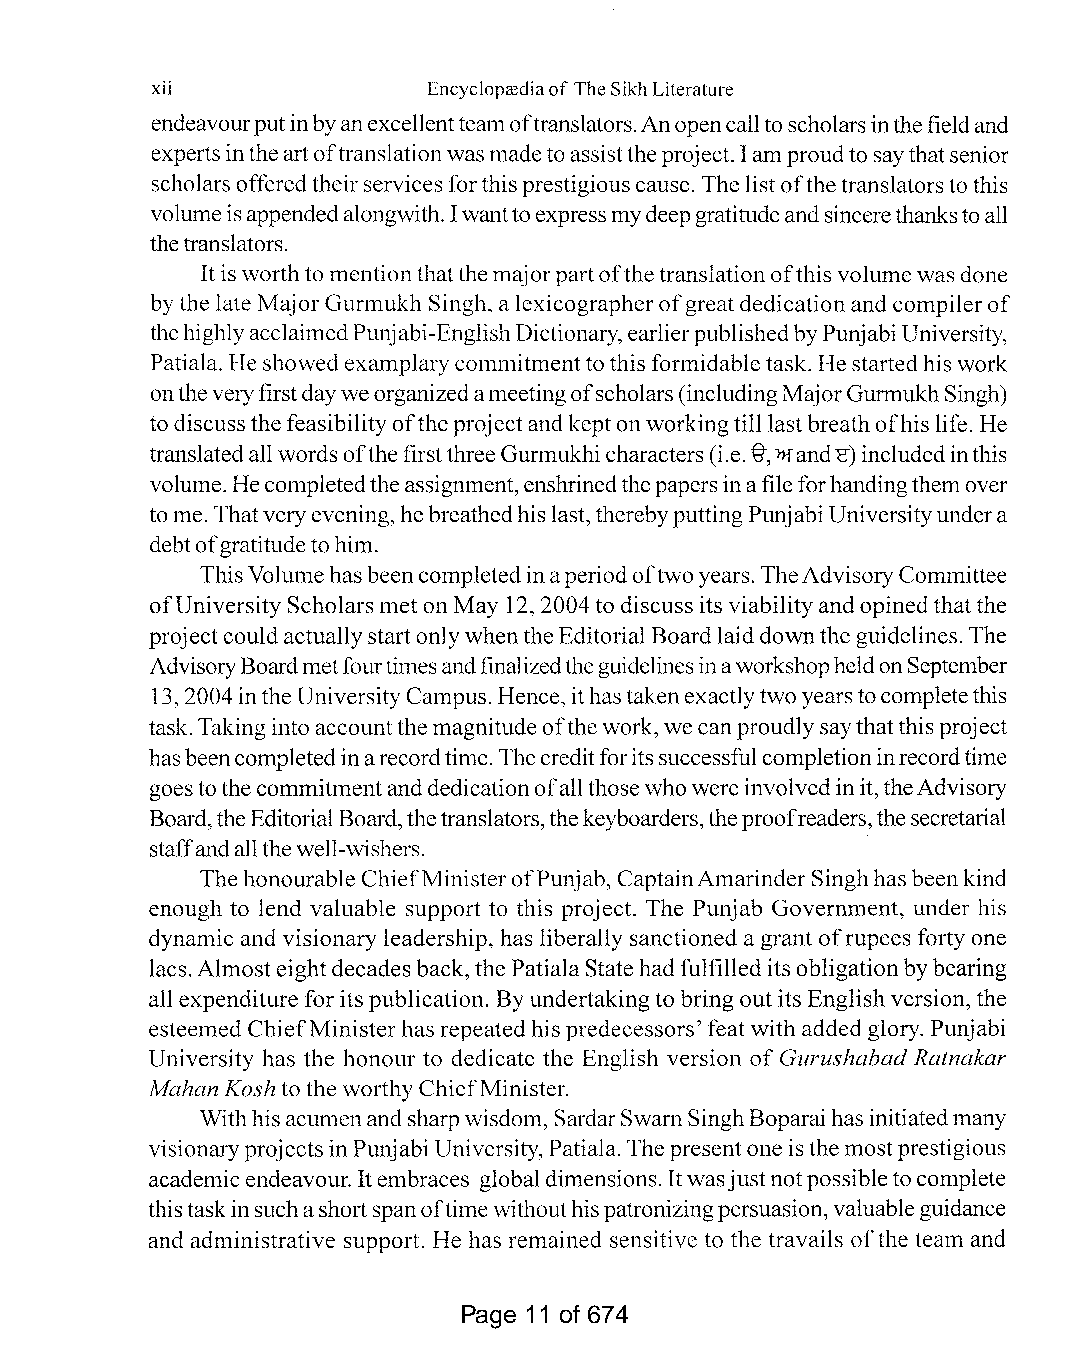
xii               Encyclop<ediaofTheSikhLiterature
 endeavourputinbyanexcellentteamoftranslators.Anopencalltoscholarsinthefieldand
 expertsintheartoftranslationwasmadetoassisttheproject.Iamproudtosaythatsenior
 scholarsofferedtheirservicesforthisprestigiouscause. The listofthetranslatorsto this
 volumeisappendedalongwith.Iwanttoexpressmydeepgratitudeandsincerethankstoall
 thetranslators.
 Itis worthto mentionthatthemajorpartofthetranslationofthisvolumewasdone
 bythe late MajorGurmukh Singh, a lexicographerofgreatdedicationand compilerof
 thehighlyacclaimedPunjabi-EnglishDictionary,earlierpublishedbyPunjabiUniversity,
 Patiala. He showedexamplarycommitmentto this formidable task. Hestartedhis work
 ontheveryfirstdayweorganizedameetingofscholars(includingMajorGurmukhSingh)
 to discussthefeasibility oftheprojectand keptonworkingtill lastbreathofhis life. He
 translatedallwordsofthefirstthreeGurmukhicharacters(i.e."§-,"fand1:)includedinthis
 volume.Hecompletedtheassignment,enshrinedthepapersinafile forhandingthemover
 to me. Thatveryevening,hebreathedhislast,therebyputtingPunjabiUniversityundera
 debtofgratitudetohim.
 ThisVolumehasbeencompletedinaperiodoftwoyears.TheAdvisoryCommittee
 ofUniversity ScholarsmetonMay 12,2004to discuss its viabilityandopinedthatthe
 projectcouldactuallystartonlywhentheEditorial Boardlaiddownthe guidelines.The
 AdvisoryBoardmetfourtimesandfinalizedtheguidelinesinaworkshopheldonSeptember
 13,2004intheUniversityCampus. Hence, ithastakenexactlytwo yearstocompletethis
 task. Taking into accountthe magnitudeofthework, wecanproudlysaythatthis project
 hasbeencompletedinarecordtime.Thecreditforitssuccessfulcompletioninrecordtime
 goestothecommitmentanddedicationofallthosewhowereinvolvedinit,theAdvisory
 Board,theEditorialBoard,thetranslators,thekeyboarders,theproofreaders,thesecretarial
 staffandallthewell-wishers.
 Thehonourable ChiefMinisterofPunjab, CaptainAmarinder Singhhas beenkind
 enough to lend valuable support to this project. The Punjab Government, under his
 dynamic and visionary leadership, has liberally sanctioned a grant ofrupees forty one
 lacs.Almosteightdecades back,the PatialaStatehadfulfilled itsobligationbybearing
 all expenditure for its publication. Byundertaking to bring outits Englishversion, the
 esteemed ChiefMinisterhas repeated his predecessors' feat with added glory. Punjabi
 University has the honour to dedicate the English version ofGurushabad Ratnakar
 Mahan Kosh to the worthyChiefMinister.
 Withhisacumenandsharpwisdom, SardarSwamSinghBoparaihasinitiatedmany
 visionaryprojectsinPunjabi University, Patiala.Thepresentone isthe mostprestigious
 academicendeavour. Itembraces globaldimensions. Itwasjustnotpossibleto complete
 thistaskinsuchashortspanoftimewithouthispatronizingpersuasion,valuableguidance
 and administrative support. He has remained sensitive to the travails ofthe team and
 Page 11 of 674